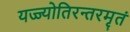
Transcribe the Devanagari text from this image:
यज्ज्योतिरन्तरमृतं